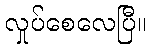
လှုပ်စေလေပြီ။